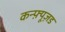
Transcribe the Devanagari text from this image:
कन्फ़्यूज़ड